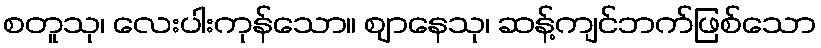
စတူသု၊ လေးပါးကုန်သော။ ဈာနေသု၊ ဆန့်ကျင်ဘက်ဖြစ်သော